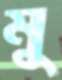
মু